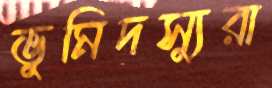
ভুমিদস্যুরা